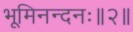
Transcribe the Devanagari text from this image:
भूमिनन्दनः॥२॥